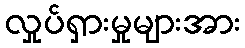
လှုပ်ရှားမှုများအား